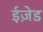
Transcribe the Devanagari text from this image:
ईज़ेड